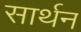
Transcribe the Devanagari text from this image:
सार्थन